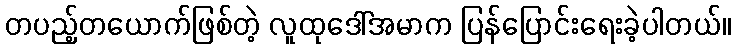
တပည့်တယောက်ဖြစ်တဲ့ လူထုဒေါ်အမာက ပြန်ပြောင်းရေးခဲ့ပါတယ်။